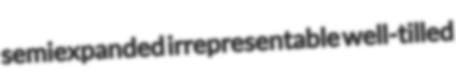
semiexpanded irrepresentable well-tilled